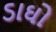
ડાઘો